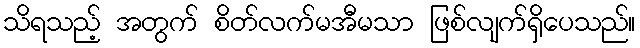
သိရသည့် အတွက် စိတ်လက်မအီမသာ ဖြစ်လျက်ရှိပေသည်။